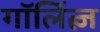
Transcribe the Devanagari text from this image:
गॉर्लित्ज़